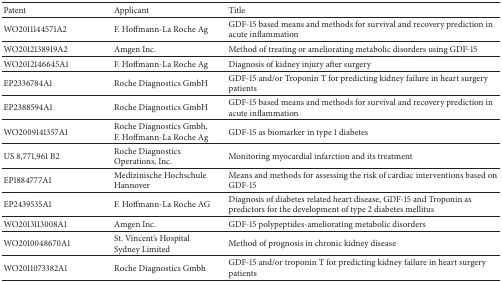
<table><thead><tr><td><b>Patent</b></td><td><b>Applicant</b></td><td><b>Title</b></td></tr></thead><tbody><tr><td>WO2011144571A2</td><td>F. Hoffmann-La Roche Ag</td><td>GDF-15 based means and methods for survival and recovery prediction in acute inflammation</td></tr><tr><td>WO2012138919A2</td><td>Amgen Inc.</td><td>Method of treating or ameliorating metabolic disorders using GDF-15</td></tr><tr><td>WO2012146645A1</td><td>F. Hoffmann-La Roche Ag</td><td>Diagnosis of kidney injury after surgery</td></tr><tr><td>EP2336784A1</td><td>Roche Diagnostics GmbH</td><td>GDF-15 and/or Troponin T for predicting kidney failure in heart surgery patients</td></tr><tr><td>EP2388594A1</td><td>Roche Diagnostics GmbH</td><td>GDF-15 based means and methods for survival and recovery prediction in acute inflammation</td></tr><tr><td>WO2009141357A1</td><td>Roche Diagnostics Gmbh, F. Hoffmann-La Roche Ag</td><td>GDF-15 as biomarker in type 1 diabetes</td></tr><tr><td>US 8,771,961 B2</td><td>Roche Diagnostics Operations, Inc.</td><td>Monitoring myocardial infarction and its treatment</td></tr><tr><td>EP1884777A1</td><td>Medizinische Hochschule Hannover</td><td>Means and methods for assessing the risk of cardiac interventions based on GDF-15</td></tr><tr><td>EP2439535A1</td><td>F. Hoffmann-La Roche AG</td><td>Diagnosis of diabetes related heart disease, GDF-15 and Troponin as predictors for the development of type 2 diabetes mellitus</td></tr><tr><td>WO2013113008A1</td><td>Amgen Inc.</td><td>GDF-15 polypeptides-ameliorating metabolic disorders</td></tr><tr><td>WO2010048670A1</td><td>St. Vincent&#x27;s Hospital Sydney Limited</td><td>Method of prognosis in chronic kidney disease</td></tr><tr><td>WO2011073382A1</td><td>Roche Diagnostics Gmbh</td><td>GDF-15 and/or troponin T for predicting kidney failure in heart surgery patients</td></tr></tbody></table>